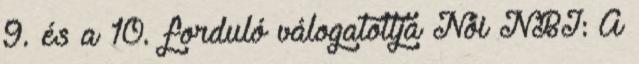
9. és a 10. forduló válogatottja Női NBI: A